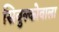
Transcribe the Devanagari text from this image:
सिबुल्कोवाला